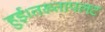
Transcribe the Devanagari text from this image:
हुई।तख्तापलट